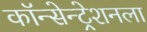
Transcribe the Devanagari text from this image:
कॉन्सेन्ट्रेशनला